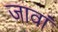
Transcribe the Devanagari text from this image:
जावां